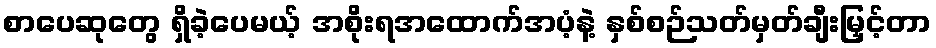
စာပေဆုတွေ ရှိခဲ့ပေမယ့် အစိုးရအထောက်အပံ့နဲ့ နှစ်စဉ်သတ်မှတ်ချီးမြှင့်တာ